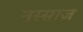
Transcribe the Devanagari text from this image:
नस्साज